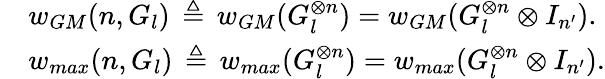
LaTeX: \begin{array}{rl}&{w_{GM}(n,G_{l})\, \triangleq\, w_{GM}(G_{l}^{\otimes n})=w_{GM}(G_{l}^{\otimes n}\otimes I_{n^{\prime}}).}\\ &{w_{max}(n,G_{l})\, \triangleq\, w_{max}(G_{l}^{\otimes n})=w_{max}(G_{l}^{\otimes n}\otimes I_{n^{\prime}}).}\end{array}